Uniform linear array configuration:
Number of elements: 64
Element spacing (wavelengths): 0.25
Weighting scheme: kaiser
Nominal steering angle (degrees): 60
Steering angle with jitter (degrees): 59.513
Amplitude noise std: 0.05
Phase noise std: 0.05

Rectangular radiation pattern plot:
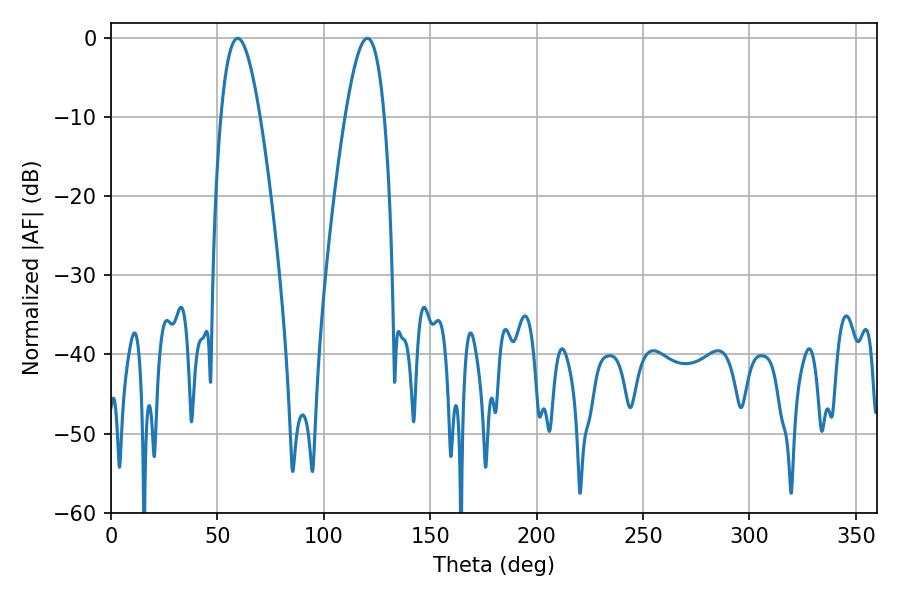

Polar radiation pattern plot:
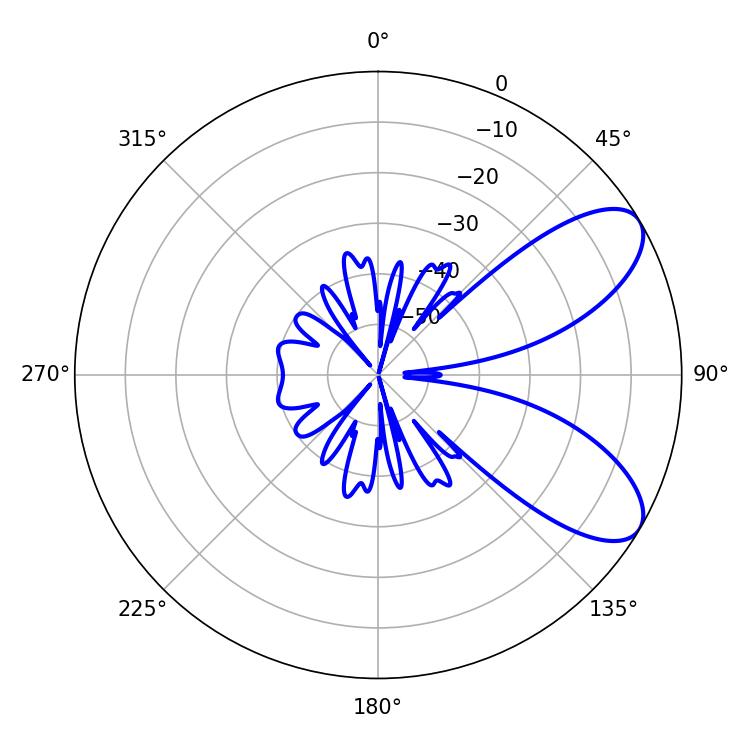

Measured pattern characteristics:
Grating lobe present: FALSE
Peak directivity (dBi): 7.858
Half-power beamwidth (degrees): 10.08
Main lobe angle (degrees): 59.58